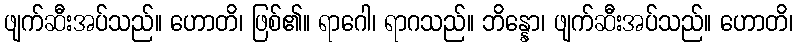
ဖျက်ဆီးအပ်သည်။ ဟောတိ၊ ဖြစ်၏။ ရာဂေါ၊ ရာဂသည်။ ဘိန္နော၊ ဖျက်ဆီးအပ်သည်။ ဟောတိ၊